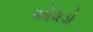
એવડો